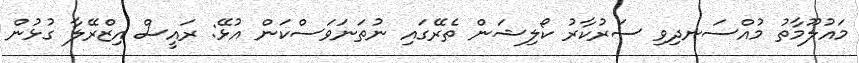
މައުލޫމާތު މުއްސަނދިވި ސަރުކާރު ކޯލިޝަން ތެރޭގައި ނުތަނަވަސްކަން އުޅޭ: ރައީސް އިޒްރޭލާ ގުޅުން